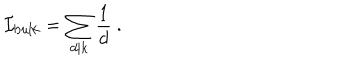
{ \cal I } _ { \mathrm { b u l k } } = \sum _ { d | k } \frac { 1 } { d } \ .